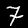
Label: 7